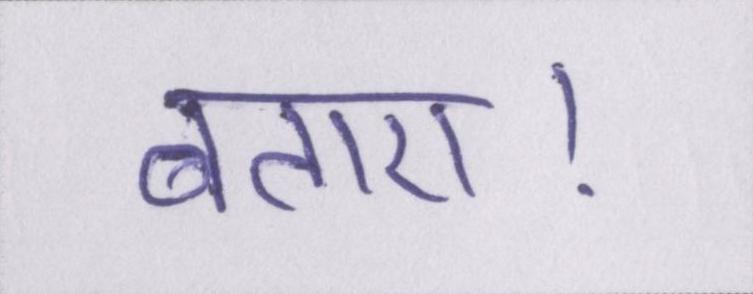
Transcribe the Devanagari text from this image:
बताए।